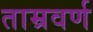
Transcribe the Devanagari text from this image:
ताम्रवर्ण